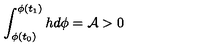
\int _ { \phi ( t _ { 0 } ) } ^ { \phi ( t _ { 1 } ) } h d \phi = { \cal A } > 0